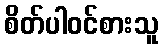
စိတ်ပါဝင်စားသူ